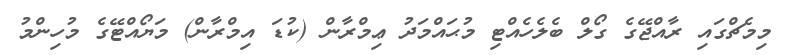
މިމެޗްގައި ރާއްޖޭގެ ގޯލް ބެލެހެއްޓި މުޙައްމަދު ޢިމްރާން (ކުޑަ އިމްރާން) މަޔޯއްޓޭގެ މުހިންމު